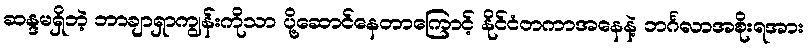
ဆန္ဒမရှိဘဲ့ ဘာချာရှာကျွန်းကိုသာ ပို့ဆောင်နေတာကြောင့် နိုင်ငံတကာအနေနဲ့ ဘင်္ဂလာအစိုးရအား